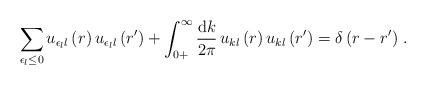
LaTeX: \begin{align*}\sum_{\epsilon_l\leq0}u_{\epsilon_ll}\left(r\right)u_{\epsilon_ll}\left(r'\right)+\int_{0+}^\infty\frac{{\rm d}k}{2\pi}\,u_{kl}\left(r\right)u_{kl}\left(r'\right)=\delta\left(r-r'\right)\,.\end{align*}